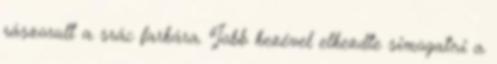
rászorult a srác farkára. Jobb kezével elkezdte simogatni a